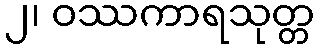
၂၊ ဝဿကာရသုတ္တ